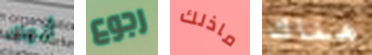
أبواك رجوع ماذلك هناك